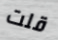
قلت